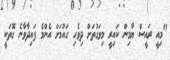
"މިއީ ރައީސް ޔާމިން ކައިރީ މިވަގުތަށް ދިވެހި ގައުމަށް އެންމެ ފައިދާވާނެ ގޮތަކީ